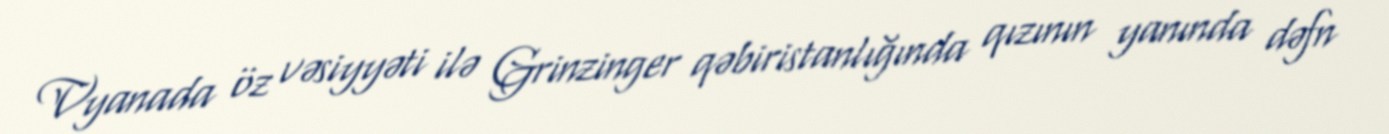
Vyanada öz vəsiyyəti ilə Grinzinger qəbiristanlığında qızının yanında dəfn